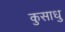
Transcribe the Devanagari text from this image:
कुसाधु